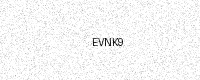
Text: EVNK9